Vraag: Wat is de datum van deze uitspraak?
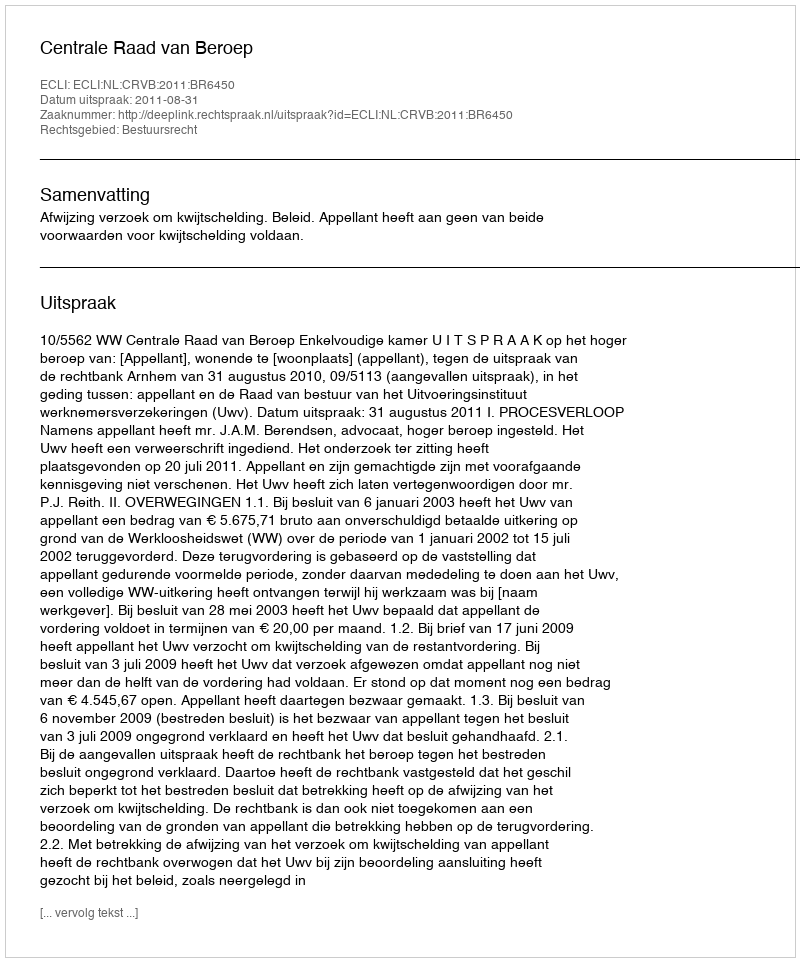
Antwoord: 2011-08-31